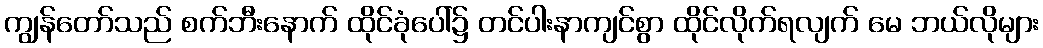
ကျွန်တော်သည် စက်ဘီးနောက် ထိုင်ခုံပေါ်၌ တင်ပါးနာကျင်စွာ ထိုင်လိုက်ရလျက် မေ ဘယ်လိုများ